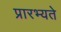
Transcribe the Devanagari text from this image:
प्रारभ्यते